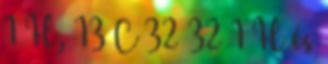
1 H, 13 C 32 32 1 H és